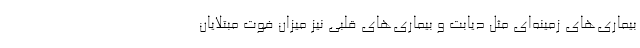
بیماری‌های زمینه‌ای مثل دیابت و بیماری‌های قلبی نیز میزان فوت مبتلایان